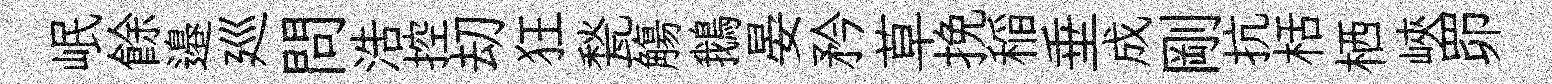
岷餘邉廵問浩控刧狂甃觴鵝晏矜草挽稲垂成剛抗栝栖峽𦊑